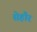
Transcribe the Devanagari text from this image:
सेहौर